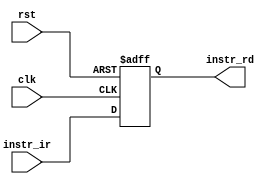
`timescale 1ns/1ps

module IR #(// General Parameters
            parameter D_SIZE = 32,
            parameter A_SIZE = 10)
           (// General
            input         clk,
            input         rst,
            // Input <- FETCH
            input  [15:0] instr_ir,
            // Output -> READ
            output [15:0] instr_rd
            );
    
    // 
    reg [15:0] instr_ir_reg;
    
    assign instr_rd = instr_ir_reg;
    
    always @(posedge clk or negedge rst)
    begin
        if(~rst)
        begin
            instr_ir_reg <= 0;
        end
        else
        begin
            instr_ir_reg <= instr_ir;
        end
    end
    
endmodule